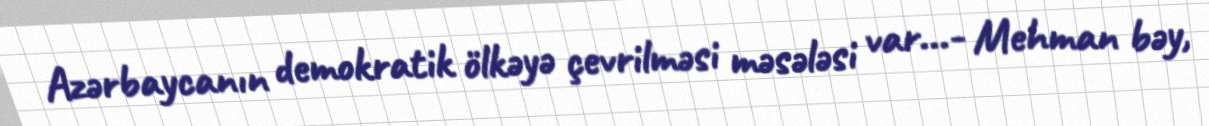
Azərbaycanın demokratik ölkəyə çevrilməsi məsələsi var...- Mehman bəy,